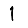
Digit: 1